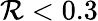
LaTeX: \mathcal{R}<0.3